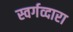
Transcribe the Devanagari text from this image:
स्वर्गव्दारा